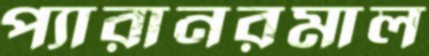
প্যারানরমাল